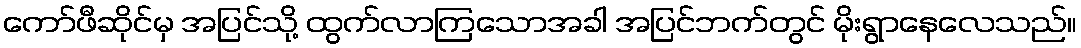
ကော်ဖီဆိုင်မှ အပြင်သို့ ထွက်လာကြသောအခါ အပြင်ဘက်တွင် မိုးရွာနေလေသည်။